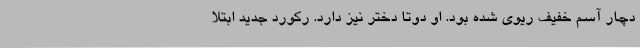
دچار آسم خفیف ریوی شده بود. او دوتا دختر نیز دارد. رکورد جدید ابتلا